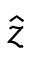
\widehat { z }